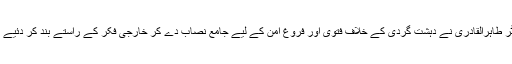
ڈاکٹر طاہرالقادری نے دہشت گردی کے خلاف فتویٰ اور فروغ امن کے لیے جامع نصاب دے کر خارجی فکر کے راستے بند کر دئیے ہیں۔